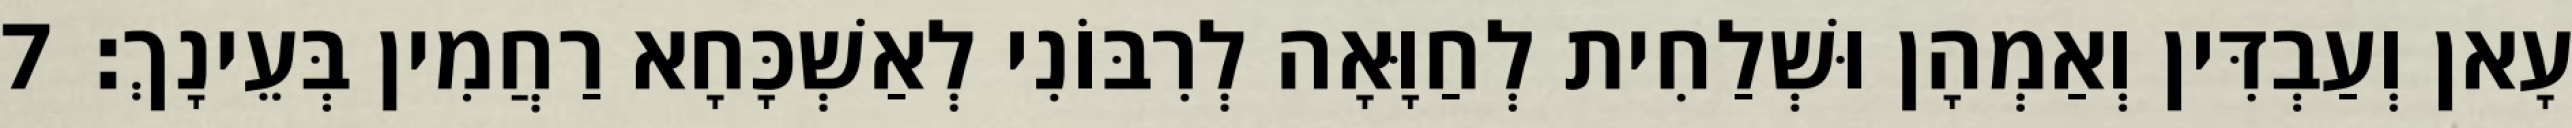
עָאן וְעַבְדִּין וְאַמְהָן וּשְׁלַחִית לְחַוָּאָה לְרִבּוֹנִי לְאַשְׁכָּחָא רַחֲמִין בְּעֵינָךְ׃ 7